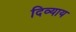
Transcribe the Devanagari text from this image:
दिव्याय